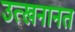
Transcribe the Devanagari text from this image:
उत्खनानत